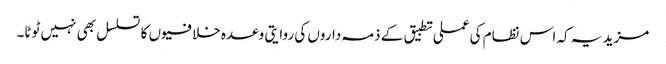
مزید یہ کہ اس نظام کی عملی تطبیق کے ذمہ داروں کی روایتی وعدہ خلافیوں کا تسلسل بھی نہیں ٹوٹا۔